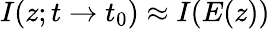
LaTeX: I(z;t\to t_{0})\approx I(E(z))